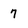
Character: 7